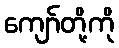
ကျော်တို့ကို